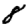
Digit: 8